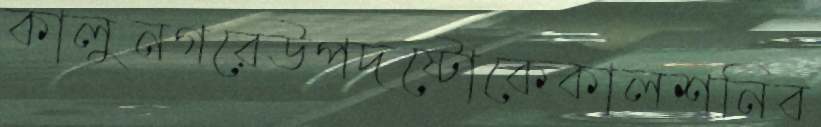
কালুনগরেউপদষ্টোকেকালশনিব